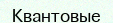
Квантовые